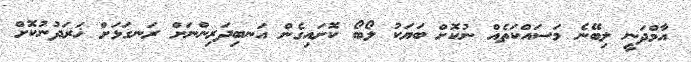
އާމްދަނީ ލިބޭނެ މަސައްކަތެއް ނުކޮށް ބަޔަކު ލޯބޯ ކޮށައިގެން އަނބިދަރިންނަށް ރަނގަޅަށް ޚަރަދުނުކޮށް